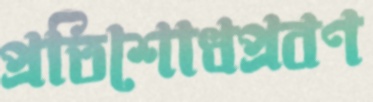
প্রতিশোধপ্রবণ